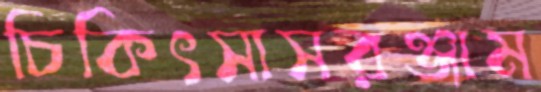
চিকিৎসাসরঞ্জাম